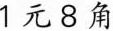
1元8角